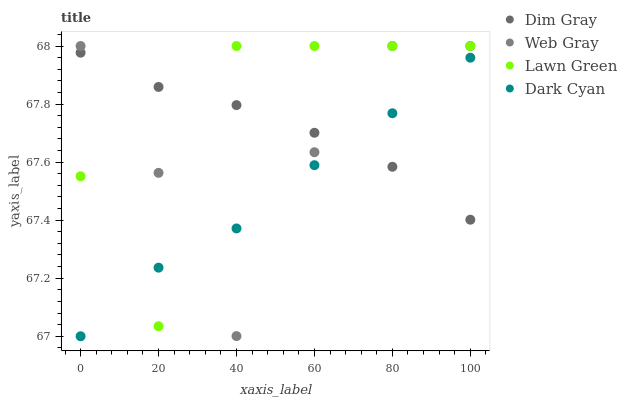
| xaxis_label | Dim Gray | Web Gray | Lawn Green | Dark Cyan |
 | --- | --- | --- | --- | --- |
 | 0 | 68 | 68 | 67.6 | 67 |
 | 20 | 67.9 | 67.6 | 67 | 67.2 |
 | 40 | 67.8 | 67 | 68 | 67.4 |
 | 60 | 67.7 | 67.6 | 68 | 67.6 |
 | 80 | 67.6 | 68 | 68 | 67.8 |
 | 100 | 67.4 | 68 | 68 | 68 |